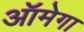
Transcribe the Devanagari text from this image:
ऑमेगा